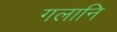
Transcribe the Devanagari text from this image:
गलानि